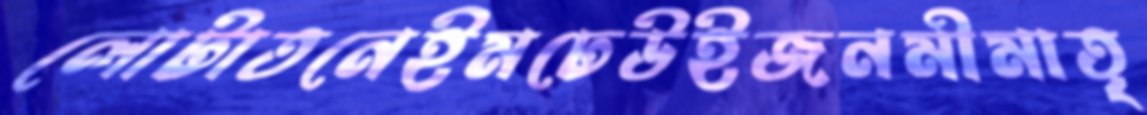
লোটাতনেইমঢেউইজনমীমাতৃ